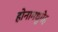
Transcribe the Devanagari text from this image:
होनामधुमेह